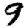
Digit: 9